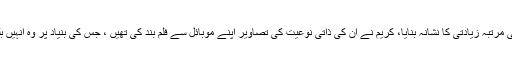
کریم مورانی نے انہیں کئی مرتبہ زیادتی کا نشانہ بنایا، کریم نے ان کی ذاتی نوعیت کی تصاویر اپنے موبائل سے فلم بند کی تھیں ، جس کی بنیاد پر وہ انہیں بلیک میل کرتے رہے ہیں۔